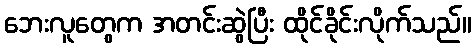
ဘေးလူတွေက အတင်းဆွဲပြီး ထိုင်ခိုင်းလိုက်သည်။